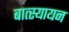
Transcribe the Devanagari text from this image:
बात्स्यायन